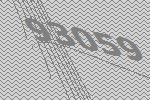
93059